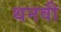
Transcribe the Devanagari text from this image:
थनवी